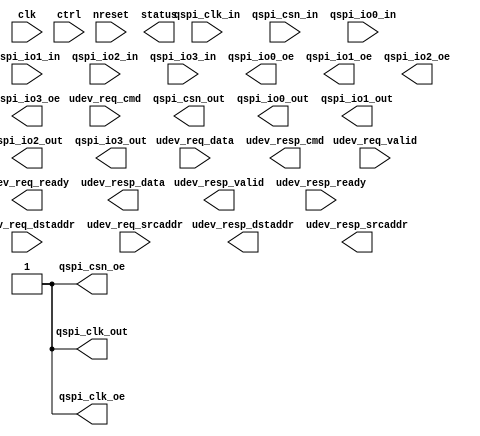
// This program was cloned from: https://github.com/siliconcompiler/lambdalib
// License: MIT License

/*****************************************************************************
 * Function: QSPI Interface
 * Copyright: Lambda Project Authors. All rights Reserved.
 * License:  MIT (see LICENSE file in Lambda repository)
 *
 * Docs:
 *
 * 1. Statically configurable as host/device by TYPE.

 ****************************************************************************/
module la_qspi #(
    parameter TARGET = "DEFAULT",  // technology target
    parameter PROP   = "HOST",     // block selector
    parameter RW     = 32,         // register width
    parameter DW     = 128,        // umi packet width
    parameter AW     = 64,         // address width
    parameter CW     = 32          // command width
) (  // basic control signals
    input           clk,                // core clock
    input           nreset,             // active low async reset
    input  [RW-1:0] ctrl,               // free form ctrl inputs
    output [RW-1:0] status,             // free form status outputs
    // UMI access
    input           udev_req_valid,
    input  [CW-1:0] udev_req_cmd,
    input  [AW-1:0] udev_req_dstaddr,
    input  [AW-1:0] udev_req_srcaddr,
    input  [DW-1:0] udev_req_data,
    output          udev_req_ready,
    output          udev_resp_valid,
    output [CW-1:0] udev_resp_cmd,
    output [AW-1:0] udev_resp_dstaddr,
    output [AW-1:0] udev_resp_srcaddr,
    output [DW-1:0] udev_resp_data,
    input           udev_resp_ready,
    // inputs
    input           qspi_clk_in,
    input           qspi_csn_in,
    input           qspi_io0_in,
    input           qspi_io1_in,
    input           qspi_io2_in,
    input           qspi_io3_in,
    // outputs
    output          qspi_clk_out,
    output          qspi_csn_out,
    output          qspi_io0_out,
    output          qspi_io1_out,
    output          qspi_io2_out,
    output          qspi_io3_out,
    // output enable
    output          qspi_clk_oe,
    output          qspi_csn_oe,
    output          qspi_io0_oe,
    output          qspi_io1_oe,
    output          qspi_io2_oe,
    output          qspi_io3_oe
);

    generate
        if (PROP == "HOST") begin
            assign qspi_clk_oe = 1'b1;
            assign qspi_csn_oe = 1'b1;
        end else begin
            assign qspi_clk_oe = 1'b0;
            assign qspi_csn_oe = 1'b0;
        end
    endgenerate

endmodule  // la_qspi